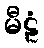
မီဠံ